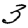
Digit: 3